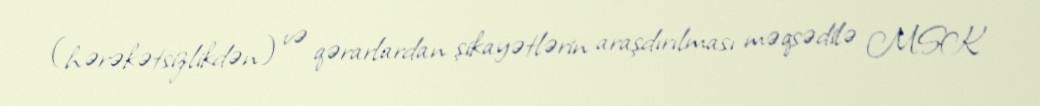
(hərəkətsizlikdən) və qərarlardan şikayətlərin araşdırılması məqsədilə MSK